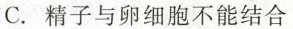
C.精子与卵细胞不能结合